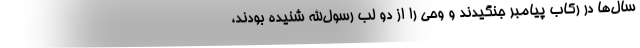
سال‌ها در رکاب پیامبر جنگیدند و وحی را از دو لب رسول‌الله شنیده بودند،